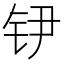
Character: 𲇶